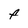
Character: F